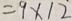
= 9 \times 1 2